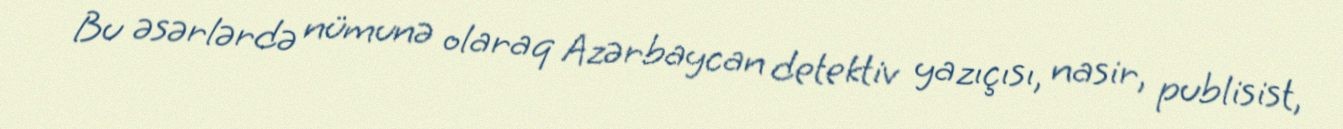
Bu əsərlərdə nümunə olaraq Azərbaycan detektiv yazıçısı, nasir, publisist,